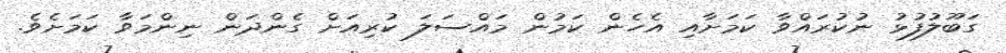
ގަބޫލުފުޅު ނުކުރައްވާ ކަމަށާއި އެހެން ކަމުން މައްސަލަ ކުރިއަށް ގެންދަން ނިންމަވާ ކަމަށެވެ.